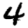
Digit: 4